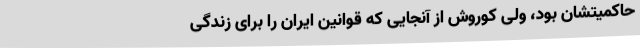
حاکمیتشان بود، ولی کوروش از آنجایی که قوانین ایران را برای زندگی